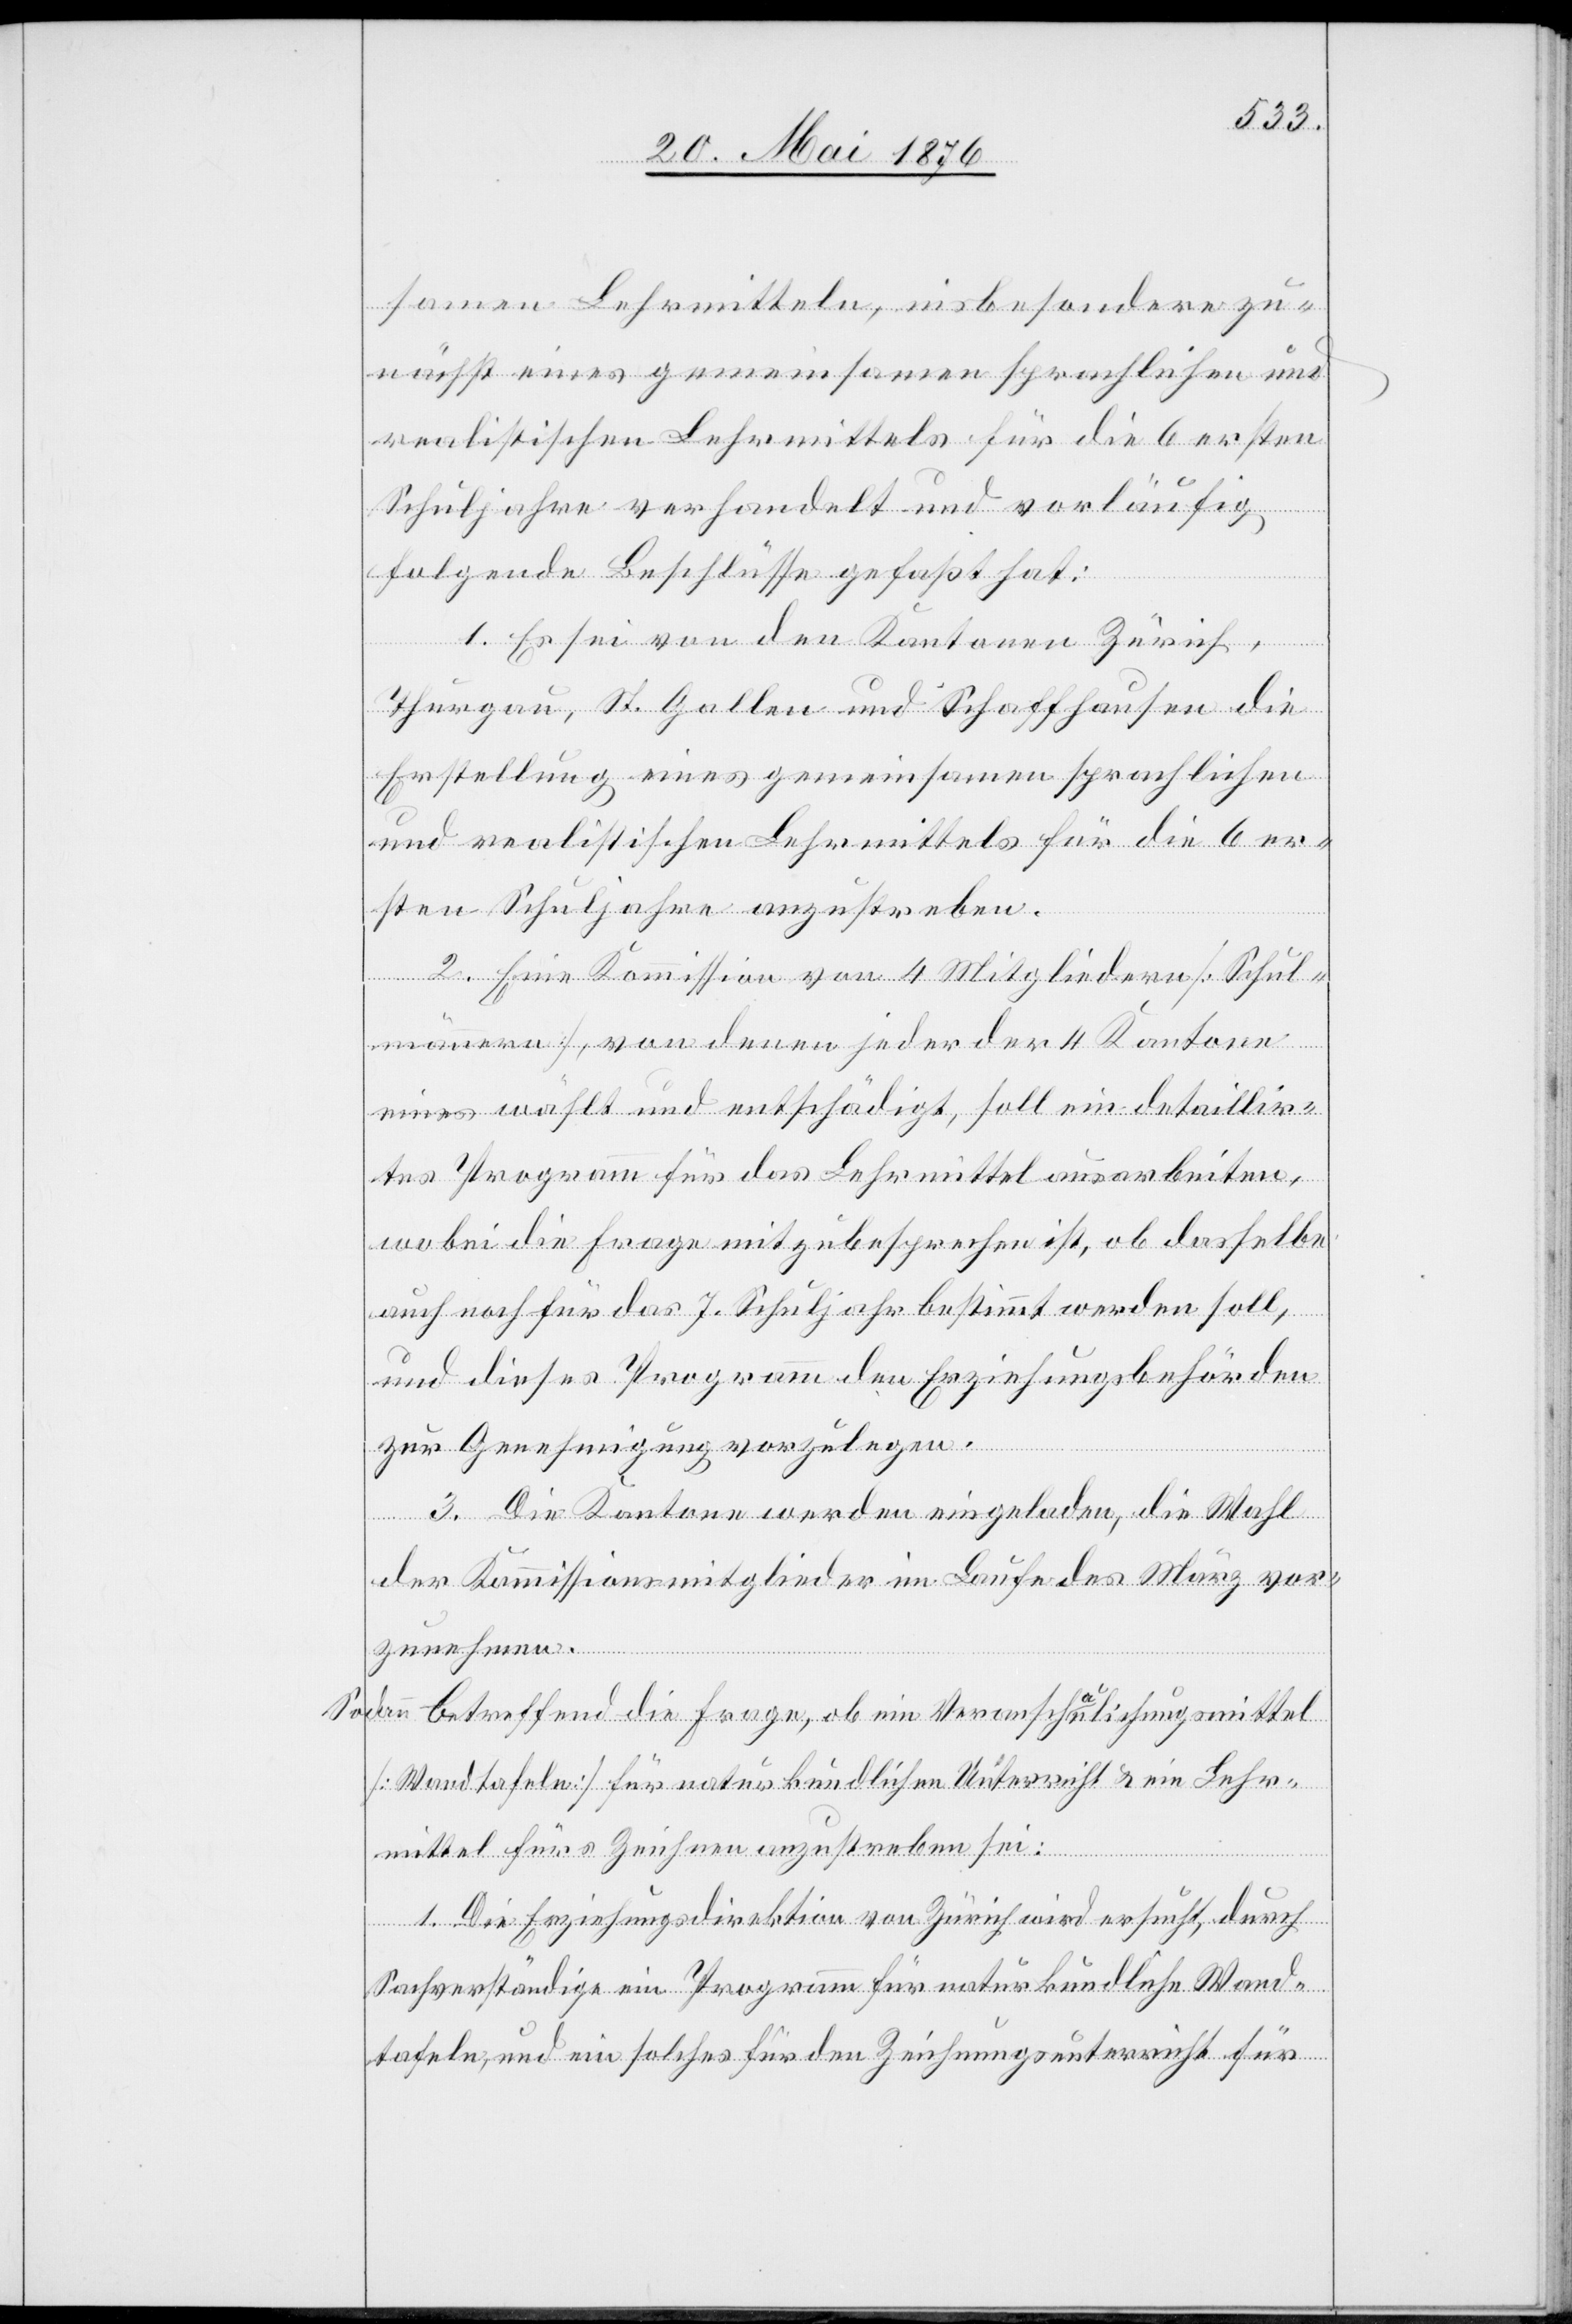
samen Lehrmitteln, insbesondere zu¬
nächst eines gemeinsamen sprachlichen und
realistischen Lehrmittels für die 6 ersten
Schuljahre verhandelt und vorläufig
folgende Beschlüsse gefaßt hat:
1. Es sei von den Kantonen Zürich,
Thurgau, St. Gallen und Schaffhausen die
Erstellung eines gemeinsamen sprachlichen
und realistischen Lehrmittels für die 6 er¬
sten Schuljahre anzustreben.
2. Eine Kommission von 4 Mitgliedern [Schul¬
männern], von denen jeder der 4 Kantone
eines wählt und entschädigt, soll ein detaillir¬
tes Programm für das Lehrmittel ausarbeiten,
wobei die Frage mitzubesprechen ist, ob dasselbe
auch noch für das 7. Schuljahr bestimmt werden soll,
und dieses Programm den Erziehungsbehörden
zur Genehmigung vorzulegen.
3. Die Kantone werden eingeladen, die Wahl
der Kommissionsmitglieder im Laufe des März vor¬
zunehmen.
Sodann betreffend die Frage, ob ein Veranschaulichungsmittel
[Wandtafeln] für naturkundlichen Unterricht & ein Lehr¬
mittel fürs Zeichnen anzustreben sei:
1. Die Erziehungsdirektion von Zürich wird ersucht, durch
Sachverständige ein Programm für naturkundliche Wand¬
tafeln, und ein solches für den Zeichnungsunterricht für